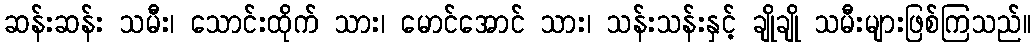
ဆန်းဆန်း သမီး၊ သောင်းထိုက် သား၊ မောင်အောင် သား၊ သန်းသန်းနှင့် ချိုချို သမီးများဖြစ်ကြသည်။